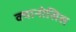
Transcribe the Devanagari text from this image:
क्यानोसिस